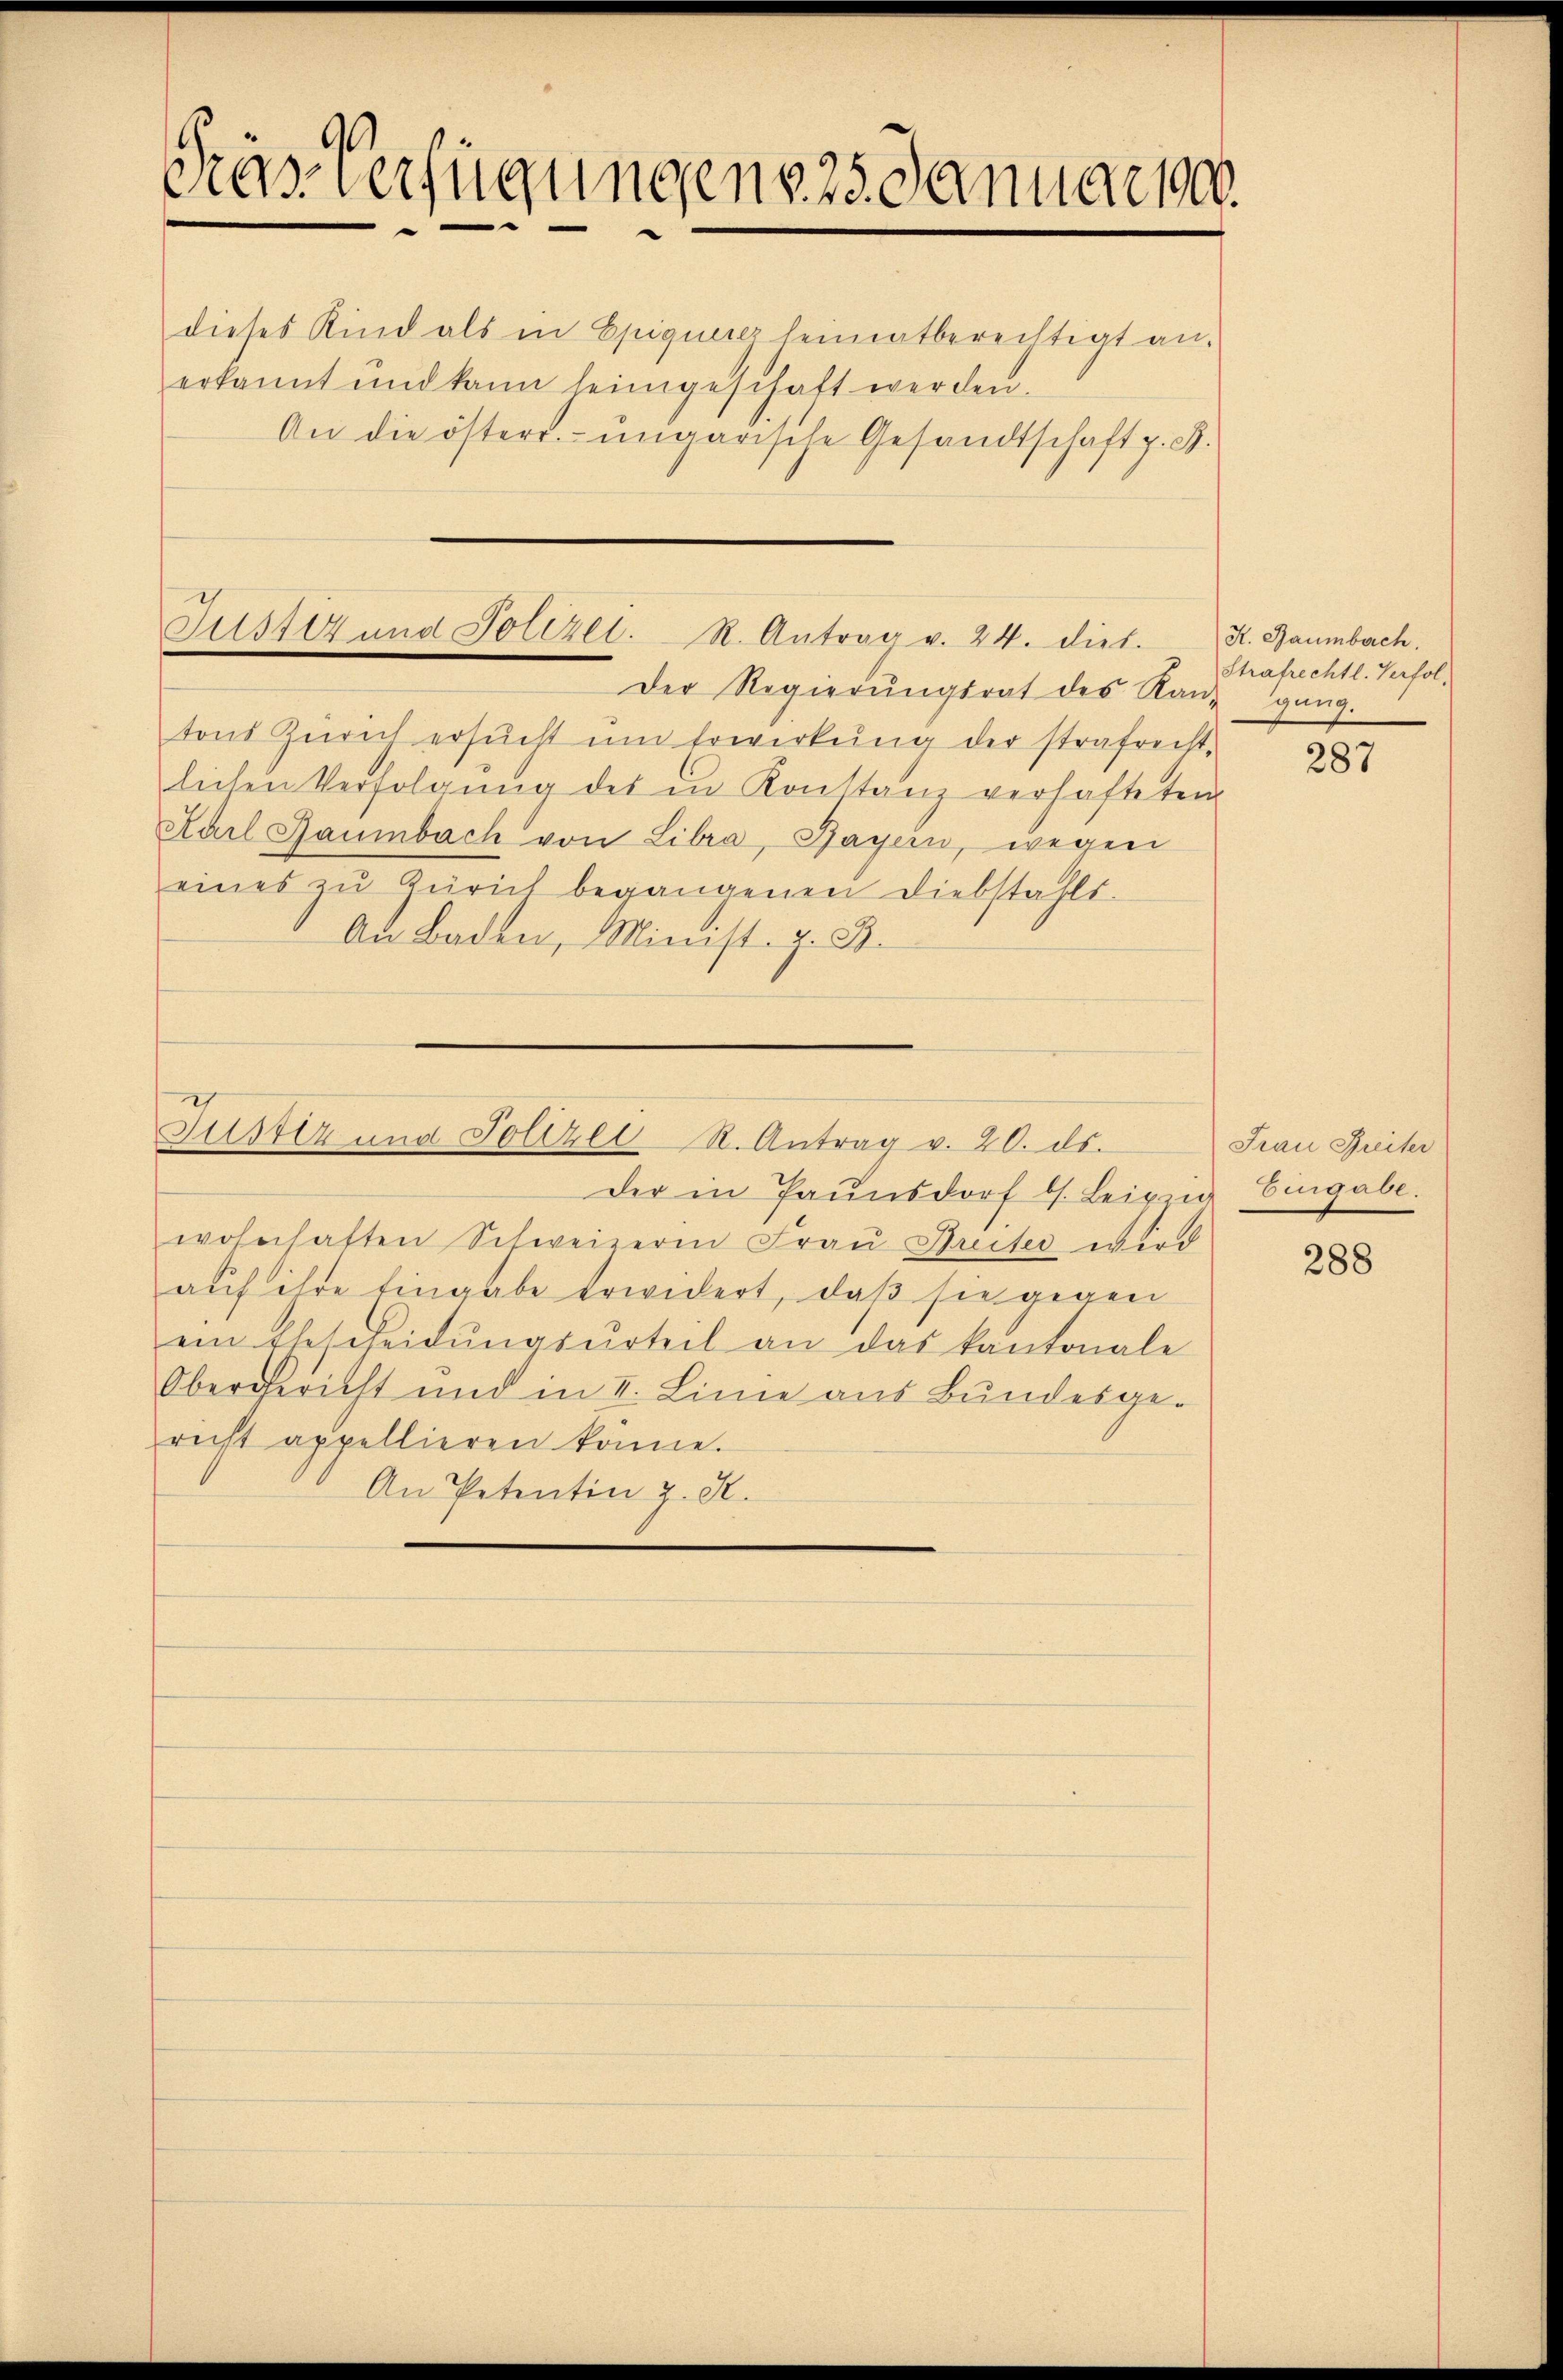
mas verfügungen v. 25. Januar 1900.
dieses Kind als in Epiguerer heimatberechtigt an-
erkannt und kann heimgeschaft werden.
An die österr. ungarische Gesandtschaft z. B.

tons Zürich ersŭcht ŭm Erwirkŭng der strafrecht-
lichen Verfolgŭng des in Konstanz verhafteten
Karl Zaumbach von Libra, Bayern, wegen
eines zu Zürich begangenen Diebstahls-
An Baden, Minist. z. B.

Justiz und Polizei. R. Antrag v. 24. dies. K. Baumbach.
Der Regierŭngsrat des Raŭ- gang.

Justiz und Polizei R. Antrag v. 20. ds.

der in Pannsdorf bs. Leipzig Eingabe.
wohnhaften Schweizeren Frau Streiter wird
aŭf ihre Eingabe erwidert, daβ sie gegen
ein Ehescheidŭngsŭrteil an das kantonale
Obergericht und in II. Linie aus Bundesge-
richt appellieren könne.
An Petentin z. S.

Strafrechtl. Verfol¬

287

Frau Breiter

288